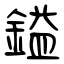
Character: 鎰